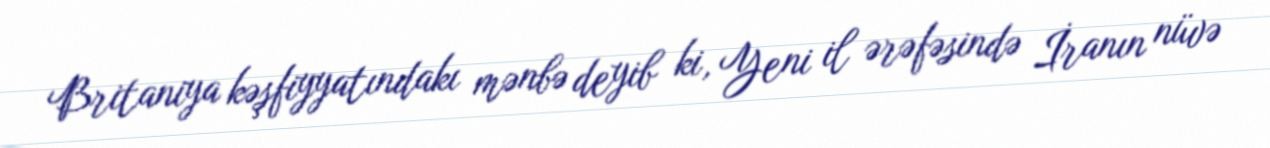
Britaniya kəşfiyyatındakı mənbə deyib ki, Yeni il ərəfəsində İranın nüvə